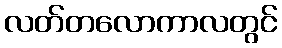
လတ်တလောကာလတွင်